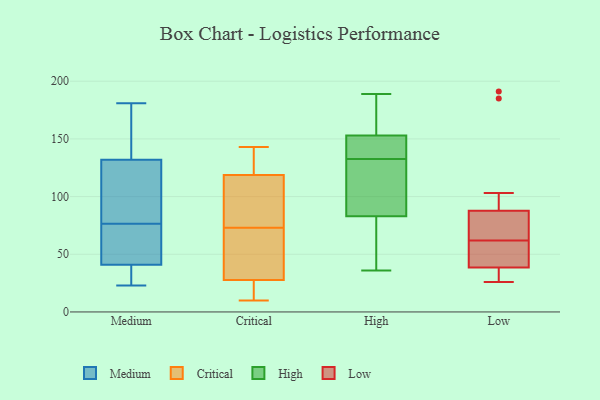
{"axis": {"x": "Backlog", "y": "Value"}, "legend": ["Critical", "High", "Low", "Medium"], "data": [{"x": "", "y": 72, "type": "Medium"}, {"x": "", "y": 140, "type": "Medium"}, {"x": "", "y": 81, "type": "Medium"}, {"x": "", "y": 41, "type": "Medium"}, {"x": "", "y": 132, "type": "Medium"}, {"x": "", "y": 181, "type": "Medium"}, {"x": "", "y": 99, "type": "Medium"}, {"x": "", "y": 109, "type": "Medium"}, {"x": "", "y": 38, "type": "Medium"}, {"x": "", "y": 33, "type": "Medium"}, {"x": "", "y": 42, "type": "Medium"}, {"x": "", "y": 34, "type": "Medium"}, {"x": "", "y": 23, "type": "Medium"}, {"x": "", "y": 63, "type": "Medium"}, {"x": "", "y": 143, "type": "Medium"}, {"x": "", "y": 70, "type": "Medium"}, {"x": "", "y": 143, "type": "Medium"}, {"x": "", "y": 118, "type": "Medium"}, {"x": "", "y": 14, "type": "Critical"}, {"x": "", "y": 121, "type": "Critical"}, {"x": "", "y": 23, "type": "Critical"}, {"x": "", "y": 92, "type": "Critical"}, {"x": "", "y": 101, "type": "Critical"}, {"x": "", "y": 56, "type": "Critical"}, {"x": "", "y": 125, "type": "Critical"}, {"x": "", "y": 61, "type": "Critical"}, {"x": "", "y": 10, "type": "Critical"}, {"x": "", "y": 22, "type": "Critical"}, {"x": "", "y": 42, "type": "Critical"}, {"x": "", "y": 121, "type": "Critical"}, {"x": "", "y": 73, "type": "Critical"}, {"x": "", "y": 112, "type": "Critical"}, {"x": "", "y": 143, "type": "Critical"}, {"x": "", "y": 83, "type": "High"}, {"x": "", "y": 58, "type": "High"}, {"x": "", "y": 167, "type": "High"}, {"x": "", "y": 36, "type": "High"}, {"x": "", "y": 154, "type": "High"}, {"x": "", "y": 126, "type": "High"}, {"x": "", "y": 146, "type": "High"}, {"x": "", "y": 111, "type": "High"}, {"x": "", "y": 153, "type": "High"}, {"x": "", "y": 139, "type": "High"}, {"x": "", "y": 111, "type": "High"}, {"x": "", "y": 65, "type": "High"}, {"x": "", "y": 189, "type": "High"}, {"x": "", "y": 151, "type": "High"}, {"x": "", "y": 185, "type": "Low"}, {"x": "", "y": 62, "type": "Low"}, {"x": "", "y": 34, "type": "Low"}, {"x": "", "y": 191, "type": "Low"}, {"x": "", "y": 88, "type": "Low"}, {"x": "", "y": 62, "type": "Low"}, {"x": "", "y": 37, "type": "Low"}, {"x": "", "y": 84, "type": "Low"}, {"x": "", "y": 60, "type": "Low"}, {"x": "", "y": 26, "type": "Low"}, {"x": "", "y": 28, "type": "Low"}, {"x": "", "y": 87, "type": "Low"}, {"x": "", "y": 103, "type": "Low"}, {"x": "", "y": 67, "type": "Low"}, {"x": "", "y": 43, "type": "Low"}]}